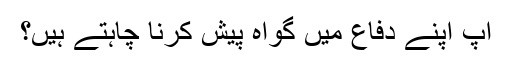
آپ اپنے دفاع میں گواہ پیش کرنا چاہتے ہیں؟